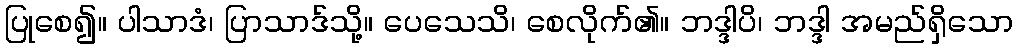
ပြုစေ၍။ ပါသာဒံ၊ ပြာသာဒ်သို့။ ပေသေသိ၊ စေလိုက်၏။ ဘဒ္ဒါပိ၊ ဘဒ္ဒါ အမည်ရှိသော